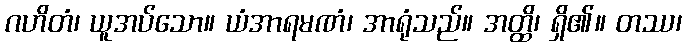
ဂဟိတံ၊ ယူအပ်သော။ ယံအာရမဏံ၊ အာရုံသည်။ အတ္ထိ၊ ရှိ၏။ တဿ၊